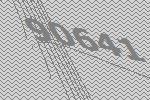
90641